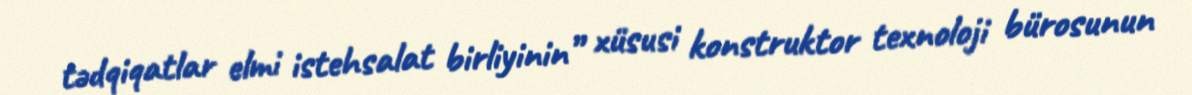
tədqiqatlar elmi istehsalat birliyinin” xüsusi konstruktor texnoloji bürosunun